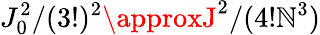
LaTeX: J_{0}^{2}/(3!)^{2}\approxJ^{2}/(4!\mathbb{N}^{3})